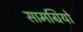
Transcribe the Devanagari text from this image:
सामग्रियो